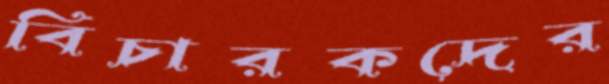
বিচারকদের